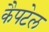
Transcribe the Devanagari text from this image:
कैपटेल